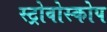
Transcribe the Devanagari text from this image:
स्ट्रोवोस्कोप